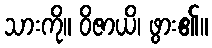
သားကို။ ဝိဇာယိ၊ ဖွား၏။